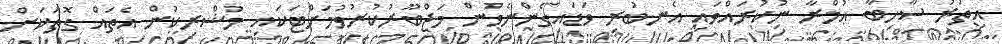
އިތުރު ސާހިބާ ޢުމްރާ ނުކުރައްވައި އެނބުރި ވަޑައިގެންނެވުން މަޖްބޫރުކުރުވުމަށްޓަކައި މުޝްރިކުން އެތައް ގޮތަކަށް